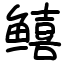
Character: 𬶮